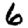
Digit: 6